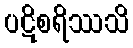
ပဋိစရိဿသိ